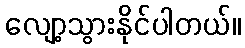
လျော့သွားနိုင်ပါတယ်။